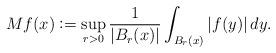
LaTeX: \begin{align*} Mf(x)\vcentcolon =\sup_{r>0}\frac{1}{|B_r(x)|}\int_{B_r(x)}|f(y)|\,dy.\end{align*}